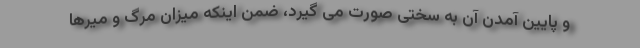
و پایین آمدن آن به سختی صورت می گیرد، ضمن اینکه میزان مرگ و میرها